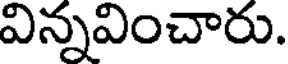
విన్నవించారు.